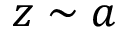
z \sim a